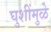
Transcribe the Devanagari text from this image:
घुशींमुळे